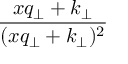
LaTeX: { \frac { x q _ { \perp } + k _ { \perp } } { ( x q _ { \perp } + k _ { \perp } ) ^ { 2 } } }